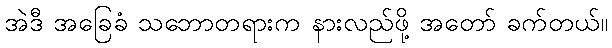
အဲဒီ အခြေခံ သဘောတရားက နားလည်ဖို့ အတော် ခက်တယ်။